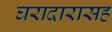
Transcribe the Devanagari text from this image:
घरादारासह